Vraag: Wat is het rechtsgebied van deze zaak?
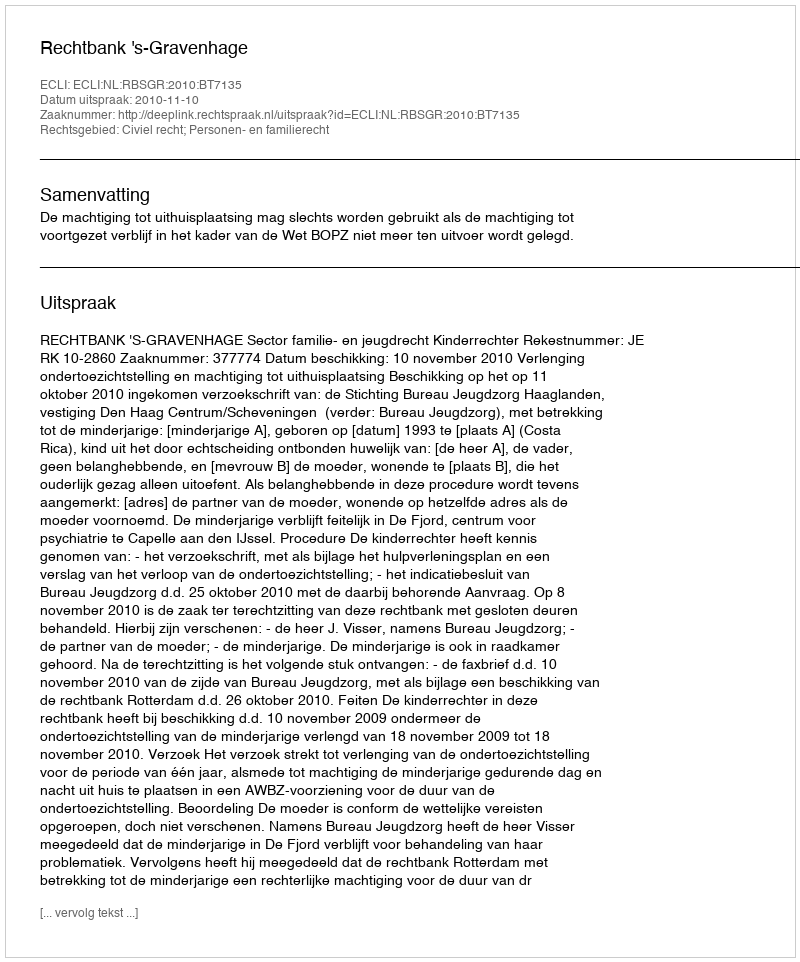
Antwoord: Civiel recht; Personen- en familierecht